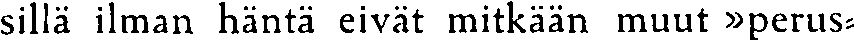
sillä ilman häntä eivät mitkään muut »perus-